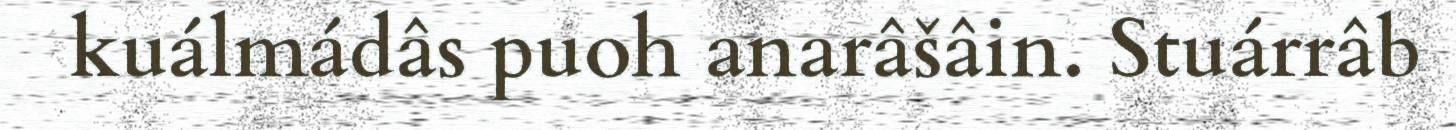
kuálmádâs puoh anarâšâin. Stuárrâb